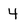
Character: 4